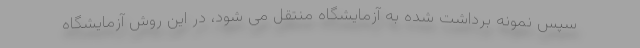
سپس نمونه برداشت شده به آزمایشگاه منتقل می شود، در این روش آزمایشگاه